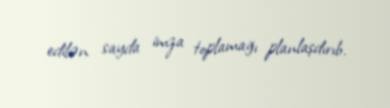
edilən sayda imza toplamağı planlaşdırıb.